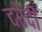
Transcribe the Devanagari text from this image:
दरेदी